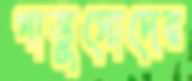
গাত্তুসোদের